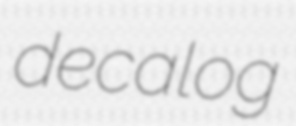
decalog